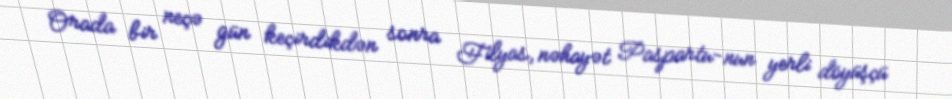
Orada bir neçə gün keçirdikdən sonra Filyas, nəhayət Paspartu-nun yerli döyüşçü